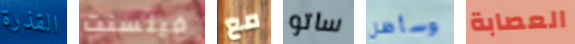
القذرة فينسنت مع ساتو وسأظل العصابة